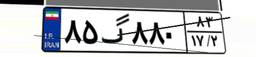
۲۰گ۷۹۳۶۸